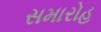
સમારોહ